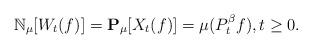
LaTeX: \begin{align*} \mathbb N_{\mu}[W_t(f)] =\mathbf P_{\mu}[X_t(f)]=\mu(P^\beta_tf), t \geq 0.\end{align*}